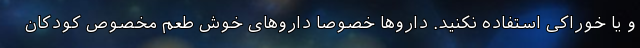
و یا خوراکی استفاده نکنید. داروها خصوصاً داروهای خوش طعم مخصوص کودکان